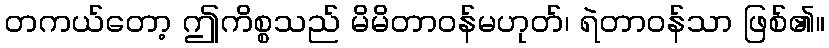
တကယ်တော့ ဤကိစ္စသည် မိမိတာဝန်မဟုတ်၊ ရဲတာဝန်သာ ဖြစ်၏။